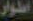
الطوار